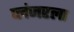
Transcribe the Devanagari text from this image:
प्लंजरला